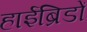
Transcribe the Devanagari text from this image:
हाईब्रिडों